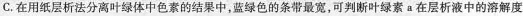
C.在用纸层析法分离叶绿体中色素的结果中，蓝绿色的条带最宽，可判断叶绿素a在层析液中的溶解度